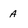
Character: a